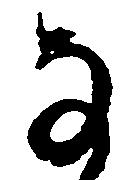
な